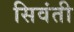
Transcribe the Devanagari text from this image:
सिवंती